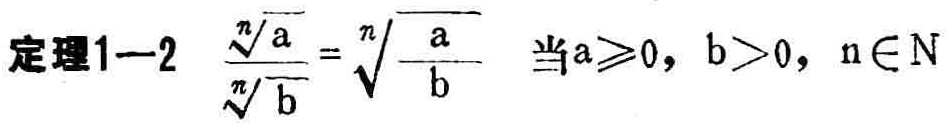
定理1—2 $\frac{\sqrt[n]{a}}{\sqrt[n]{b}}=\sqrt[n]{\frac{a}{b}}$ 当$a\geqslant0$，$b > 0$，$n\in N$